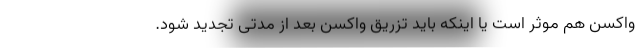
واکسن‌ هم‌ موثر است یا اینکه باید تزریق واکسن بعد از مدتی تجدید شود.